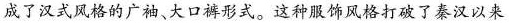
成了汉式风格的广袖、大口裤形式。这种服饰风格打破了秦汉以来